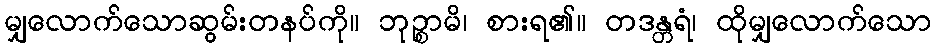
မျှလောက်သောဆွမ်းတနပ်ကို။ ဘုဉ္စာမိ၊ စားရ၏။ တဒန္တရံ၊ ထိုမျှလောက်သော